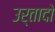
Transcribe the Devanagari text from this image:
उर्तादो